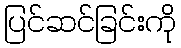
ပြင်ဆင်ခြင်းကို